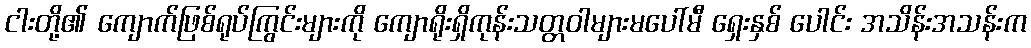
ငါးတို့၏ ကျောက်ဖြစ်ရုပ်ကြွင်းများကို ကျောရိုးရှိကုန်းသတ္တဝါများမပေါ်မီ ရှေးနှစ် ပေါင်း အသိန်းအသန်းက